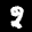
Label: 8